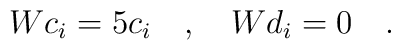
W c_i = 5 c_i\quad,\quad W d_i =0\quad.